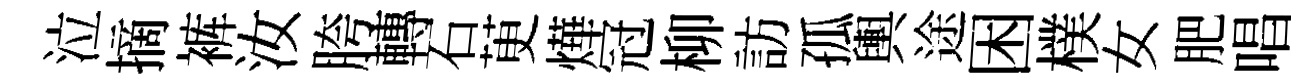
泣摘裤汝胯轉石茰燁冠柳訪孤輿途困樸女肥唱